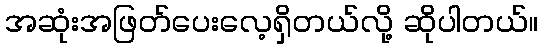
အဆုံးအဖြတ်ပေးလေ့ရှိတယ်လို့ ဆိုပါတယ်။